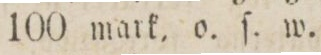
100 mark, o. ſ. w.